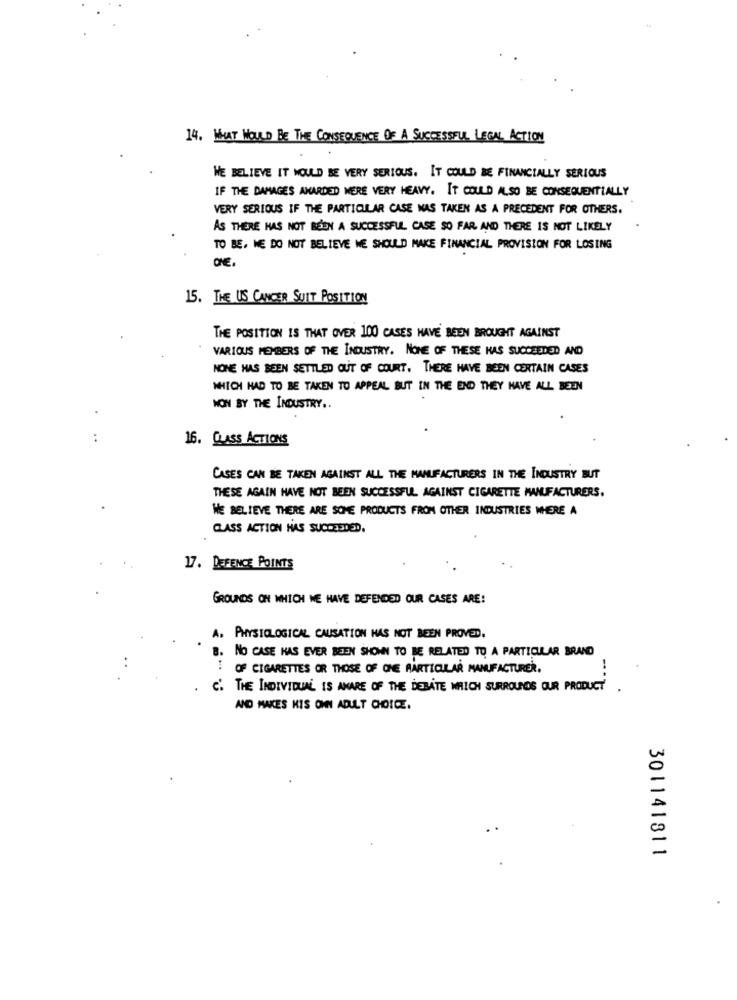
14. WHAT WOULD BE THE CONSEQUENCE OF A SUCCESSFUL LEGAL ACTION
WE BELIEVE IT WOULD BE VERY SERIOUS. IT COULD BE FINANCIALLY SERIOUS
IF THE DAMAGES AWARDED WERE VERY HEAVY. IT COULD ALSO BE CONSEQUENTIALLY
VERY SERIOUS IF THE PARTICULAR CASE WAS TAKEN AS A PRECEDENT FOR OTHERS.
AS THERE HAS NOT BEEN A SUCCESSFUL CASE SO FAR AND THERE IS NOT LIKELY
TO BE, WE DO NOT BELIEVE WE SHOULD MAKE FINANCIAL PROVISION FOR LOSING
ONE
15. THE US CANCER SUIT POSITION
THE POSITION IS THAT OVER 100 CASES HAVE BEEN BROUGHT AGAINST
VARIOUS MEMBERS OF THE INDUSTRY. NONE OF THESE HAS SUCCEEDED AND
NONE HAS BEEN SETTLED OUT OF COURT, THERE HAVE BEEN CERTAIN CASES
WHICH HAD TO BE TAKEN TO APPEAL BUT IN THE END THEY HAVE ALL BEEN
MON BY THE INDUSTRY ..
..
16. CLASS ACTIONS
CASES CAN BE TAKEN AGAINST ALL THE MANUFACTURERS IN THE INDUSTRY BUT
THESE AGAIN HAVE NOT BEEN SUCCESSFUL AGAINST CIGARETTE MANUFACTURERS.
WE BELIEVE THERE ARE SOME PRODUCTS FROM OTHER INDUSTRIES WERE A
CLASS ACTION HAS SUCCEEDED.
17. DEFENCE POINTS
GROUNDS ON WHICH WE HAVE DEFENDED OUR CASES ARE!
A. PHYSIOLOGICAL CAUSATION HAS NOT BEEN PROVED.
B. NO CASE HAS EVER BEEN SHOWN TO BE RELATED TO A PARTICULAR BRAND
OF CIGARETTES OR THOSE OF CHE AARTICULAR MANUFACTURER.
C. THE INDIVIDUAL IS AWARE OF THE DEBATE WHICH SURROUNDS OUR PRODUCT'
AND MAKES HIS OMNI ADULT CHOICE.
301141811